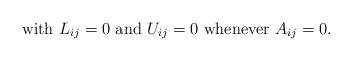
LaTeX: \begin{align*}\textrm{with } L_{ij} = 0 \textrm{ and } U_{ij}=0 \textrm{ whenever } A_{ij}=0.\end{align*}